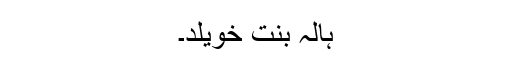
ہالہ بنت خویلد۔